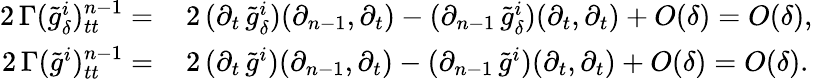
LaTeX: \begin{array}{rl}{2\, \Gamma(\tilde{g}_{\delta}^{i})_{tt}^{n-1}=\, }&{2\, (\partial_{t}\, \tilde{g}_{\delta}^{i})(\partial_{n-1},\partial_{t})-(\partial_{n-1}\, \tilde{g}_{\delta}^{i})(\partial_{t},\partial_{t})+O(\delta)=O(\delta),}\\ {2\, \Gamma(\tilde{g}^{i})_{tt}^{n-1}=\, }&{2\, (\partial_{t}\, \tilde{g}^{i})(\partial_{n-1},\partial_{t})-(\partial_{n-1}\, \tilde{g}^{i})(\partial_{t},\partial_{t})+O(\delta)=O(\delta).}\end{array}